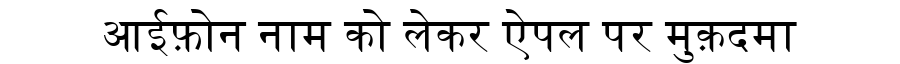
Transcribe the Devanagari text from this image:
आईफ़ोन नाम को लेकर ऐपल पर मुक़दमा